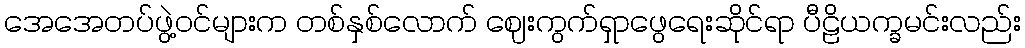
အေအေတပ်ဖွဲ့ဝင်များက တစ်နှစ်လောက် ဈေးကွက်ရှာဖွေရေးဆိုင်ရာ ပီဠိယက္ခမင်းလည်း